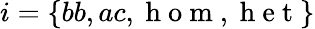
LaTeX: i=\left\{ bb,ac,\mathrm{~h~o~m~},\mathrm{~h~e~t~}\right\}